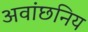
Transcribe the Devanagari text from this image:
अवांछनिय